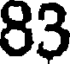
83